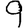
Digit: 9